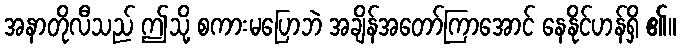
အနာတိုလီသည် ဤသို့ စကားမပြောဘဲ အချိန်အတော်ကြာအောင် နေနိုင်ဟန်ရှိ ၏။